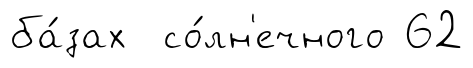
ба́зах со́лн'ечного 62